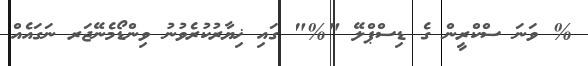
% ވަނަ ސްކްރީން ގެ ޑިސްޕްލޭ "%" ގައި ޚިޔާރުކުރެވުނު ވިންޑޯމެނޭޖަރ ނަގައެއް